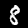
Digit: 8